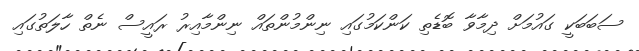
ސަބަބަކީ ގައުމަށް ދިމާވާ ބޮޑެތި ކަންކަމުގައި ނިންމުންތައް ނިންމާއިރު ރައީސް ނެތް ހާލަތުގައި